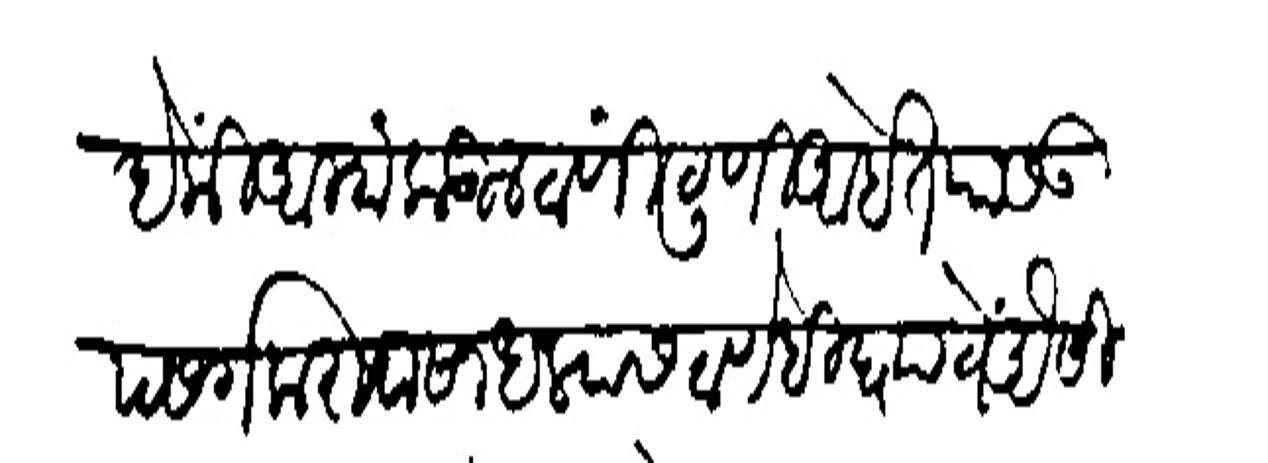
Transliteration (Devanagari): आह की आम्हांकडील ठाणींठुणी आहत यास उपसर्ग करावा साघल्यास ठाणेहि घ्यावें असी